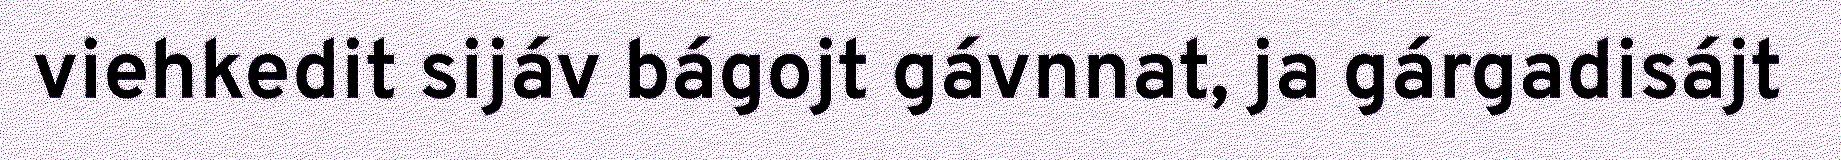
viehkedit sijáv bágojt gávnnat, ja gárgadisájt